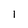
Character: I